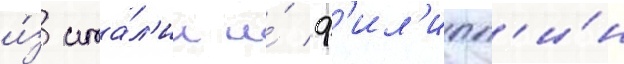
и́з ита́л'ии и́ ф'ил'ипп'и́н